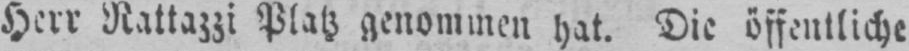
Herr Rattazzi Platz genommen hat. Die öffentliche